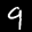
Label: 9